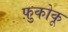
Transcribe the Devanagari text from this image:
फ़ुकोकू